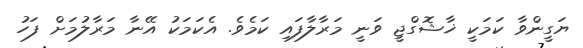
ޔަގީންވާ ކަމަކީ ޚާޝޮގްޖީ ވަނީ މަރާލާފައި ކަމެވެ. އެކަމަކު އޭނާ މަރާލުމަށް ފަހު